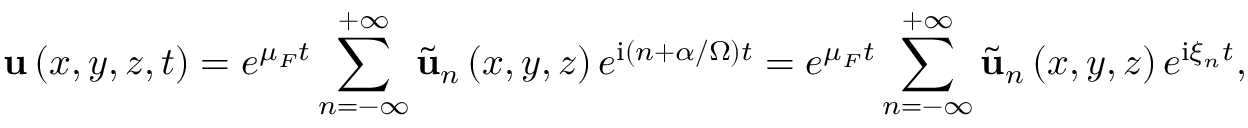
\mathbf { u } \left( x , y , z , t \right) = e ^ { \mu _ { F } t } \sum _ { n = - \infty } ^ { + \infty } \tilde { \mathbf { u } } _ { n } \left( x , y , z \right) e ^ { \mathrm { i } \left( n + \alpha / \Omega \right) t } = e ^ { \mu _ { F } t } \sum _ { n = - \infty } ^ { + \infty } \tilde { \mathbf { u } } _ { n } \left( x , y , z \right) e ^ { \mathrm { i } \xi _ { n } t } ,